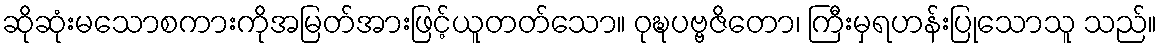
ဆိုဆုံးမသောစကားကိုအမြတ်အားဖြင့်ယူတတ်သော။ ဝုဍ္ဎပဗ္ဗဇိတော၊ ကြီးမှရဟန်းပြုသောသူ သည်။